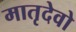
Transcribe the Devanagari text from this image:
मातृदेवो